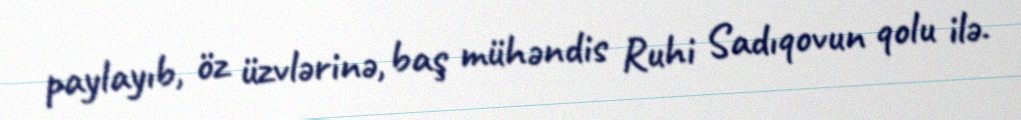
paylayıb, öz üzvlərinə, baş mühəndis Ruhi Sadıqovun qolu ilə.